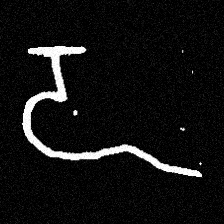
Pyu character \u2014 Myanmar letter: ဍ (romanized: dda)